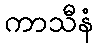
ကာသီနံ